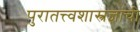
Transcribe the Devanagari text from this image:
पुरातत्त्वशास्त्रज्ञांची